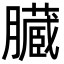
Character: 臓